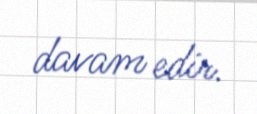
davam edir.